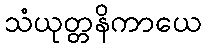
သံယုတ္တနိကာယေ